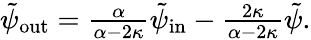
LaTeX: \begin{array}{r}{\tilde{\psi}_{\mathrm{out}}=\frac{\alpha}{\alpha-2\kappa}\tilde{\psi}_{\mathrm{in}}-\frac{2\kappa}{\alpha-2\kappa}\tilde{\psi}.}\end{array}